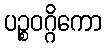
ပဉ္စဝဂ္ဂိကော